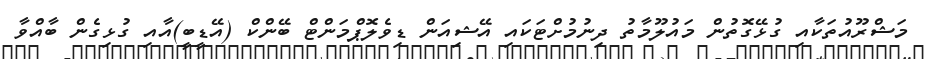
މަޝްރޫއުތަކާއި ގުޅޭގޮތުން މައުލޫމާތު ދިނުމުށްޓަކައި އޭޝިއަން ޑިވެލޮޕްމަންޓް ބޭންކް (އޭޑީބީ)އާއި ގުޅިގެން ބާއްވާ